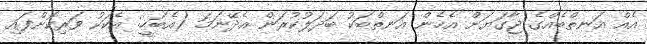
އެއް އަނތްބެއްގެ ޖާގަޔަށް އެހެން އަނތްބަކު ބަދަލުކުރަން އެދޭނަމަ (އެބަހީ: އެކަކު ވަރިކޮށްފައި